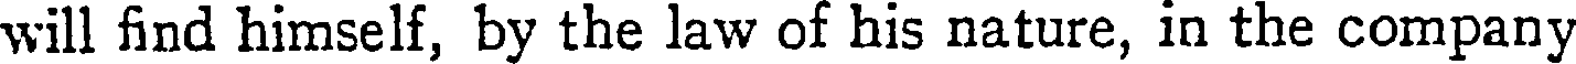
will find himself, by the law of his nature, in the company